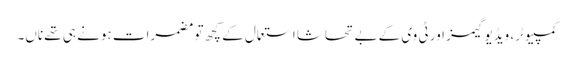
کمپیوٹر، ویڈیو گیمز اور ٹی وی کے بے تحاشا استعمال کے کچھ تو مضمرات ہونے ہی تھے ناں۔